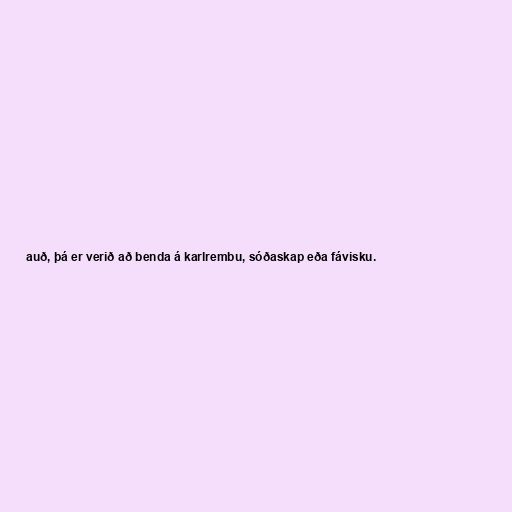
auð, þá er verið að benda á karlrembu, sóðaskap eða fávisku.